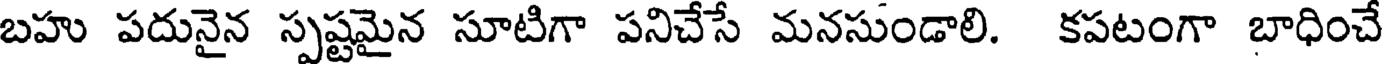
బహు పదునైన స్పష్టమైన సూటిగా పనిచేసే మనసుండాలి. కపటంగా బాధించే